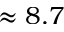
\approx 8 . 7